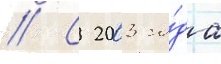
// С 2003 го́да